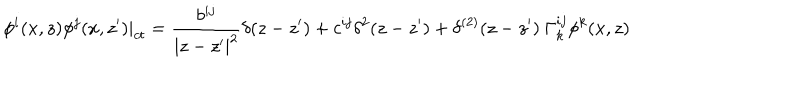
LaTeX: \phi ^ { i } ( x , z ) \phi ^ { j } ( x , z ^ { \prime } ) | _ { c t } = \frac { b ^ { i j } } { | z - z ^ { \prime } | ^ { 2 } } \delta ( z - z ^ { \prime } ) + c ^ { i j } \delta ^ { 2 } ( z - z ^ { \prime } ) + \delta ^ { ( 2 ) } ( z - z ^ { \prime } ) \ \Gamma _ { k } ^ { i j } \phi ^ { k } ( x , z )